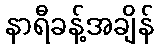
နာရီခန့်အချိန်